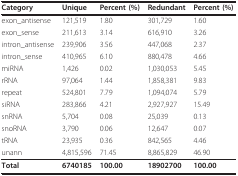
<table><thead><tr><td><b>Category</b></td><td><b>Unique</b></td><td><b>Percent (%)</b></td><td><b>Redundant</b></td><td><b>Percent (%)</b></td></tr></thead><tbody><tr><td>exon_antisense</td><td>121,519</td><td>1.80</td><td>301,729</td><td>1.60</td></tr><tr><td>exon_sense</td><td>211,613</td><td>3.14</td><td>616,910</td><td>3.26</td></tr><tr><td>intron_antisense</td><td>239,906</td><td>3.56</td><td>447,068</td><td>2.37</td></tr><tr><td>intron_sense</td><td>410,965</td><td>6.10</td><td>880,478</td><td>4.66</td></tr><tr><td>miRNA</td><td>1,426</td><td>0.02</td><td>1,030,053</td><td>5.45</td></tr><tr><td>rRNA</td><td>97,064</td><td>1.44</td><td>1,858,381</td><td>9.83</td></tr><tr><td>repeat</td><td>524,801</td><td>7.79</td><td>1,094,074</td><td>5.79</td></tr><tr><td>siRNA</td><td>283,866</td><td>4.21</td><td>2,927,927</td><td>15.49</td></tr><tr><td>snRNA</td><td>5,704</td><td>0.08</td><td>25,039</td><td>0.13</td></tr><tr><td>snoRNA</td><td>3,790</td><td>0.06</td><td>12,647</td><td>0.07</td></tr><tr><td>tRNA</td><td>23,935</td><td>0.36</td><td>842,565</td><td>4.46</td></tr><tr><td>unann</td><td>4,815,596</td><td>71.45</td><td>8,865,829</td><td>46.90</td></tr><tr><td><b>Total</b></td><td><b>6740185</b></td><td><b>100.00</b></td><td><b>18902700</b></td><td><b>100.00</b></td></tr></tbody></table>